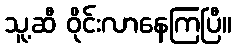
သူ့ဆီ ဝိုင်းလာနေကြပြီ။